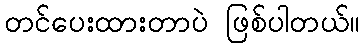
တင်ပေးထားတာပဲ ဖြစ်ပါတယ်။